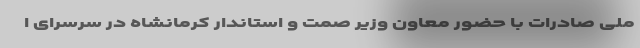
ملی صادرات با حضور معاون وزیر صمت و استاندار کرمانشاه در سرسرای ا